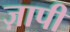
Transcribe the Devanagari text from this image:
ज़ापी